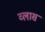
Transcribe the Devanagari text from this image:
व्लास